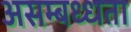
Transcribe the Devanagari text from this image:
असम्बध्धता